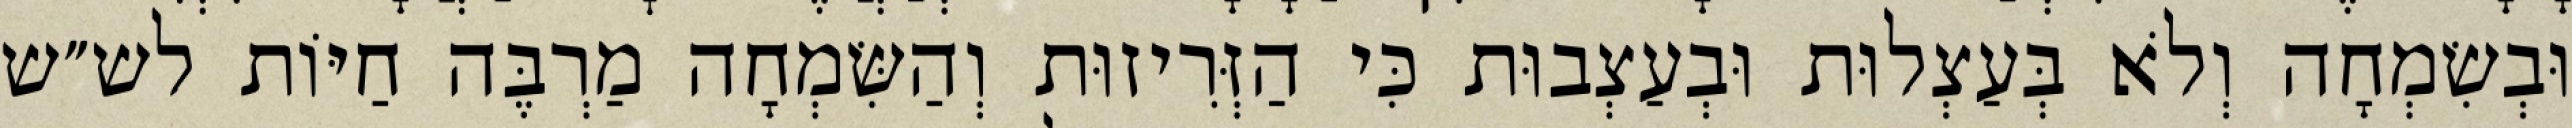
וּבְשִׂמְחָה וְלֹא בְּעַצְלוּת וּבְעַצְבוּת כִּי הַזְּרִיזוּת וְהַשִּׂמְחָה מַרְבֶּה חַיּוֹת לש״ש